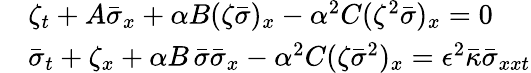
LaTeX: \begin{array}{rl}&{\zeta_{t}+A\bar{\sigma}_{x}+\alpha B(\zeta\bar{\sigma})_{x}-\alpha^{2}C(\zeta^{2}\bar{\sigma})_{x}=0}\\ &{\bar{\sigma}_{t}+\zeta_{x}+\alpha B\, \bar{\sigma}\bar{\sigma}_{x}-\alpha^{2}C(\zeta\bar{\sigma}^{2})_{x}=\epsilon^{2}\bar{\kappa}\bar{\sigma}_{xxt}}\end{array}